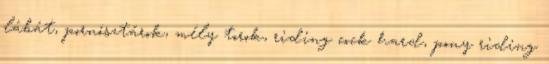
lábát, pornósztárok, mély torok, riding cock hard, pony riding